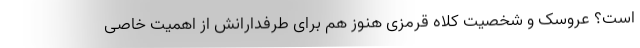
است؟ عروسک و شخصیت کلاه‌ قرمزی هنوز هم برای طرفدارانش از اهمیت خاصی